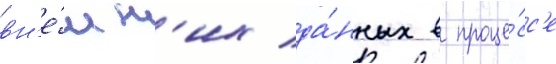
вн'е́шн'их да́нных в проце́сс'е